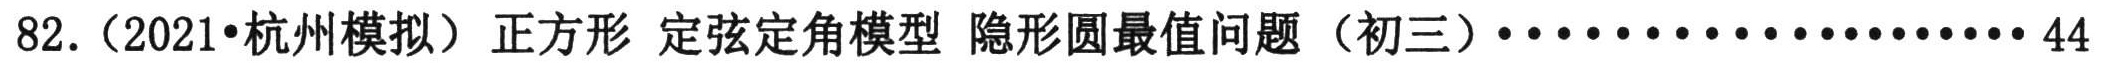
82.（2021•杭州模拟）正方形 定弦定角模型 隐形圆最值问题（初三）························44